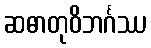
ဆဓာတုဝိဘင်္ဂဿ